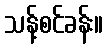
သန့်စင်ခန်း။